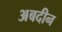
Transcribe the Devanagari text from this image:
अबदीन